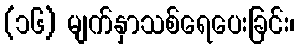
(၁၆) မျက်နှာသစ်ရေပေးခြင်း၊